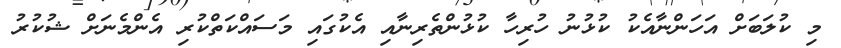
މި ކުލަބަށް އަހަންނާއެކު ކުޅުނު ހުރިހާ ކުޅުންތެރިނާއި އެކުގައި މަސައްކަތްކުރި އެންމެނަށް ޝުކުރު